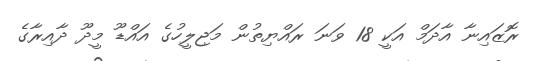
ރޮޒައިނާ އާދަމްް އަކީ 18 ވަނަ ރައްޔިތުން މަޖިލީހުގެ އައްޑޫ މީދޫ ދާއިރާގެ